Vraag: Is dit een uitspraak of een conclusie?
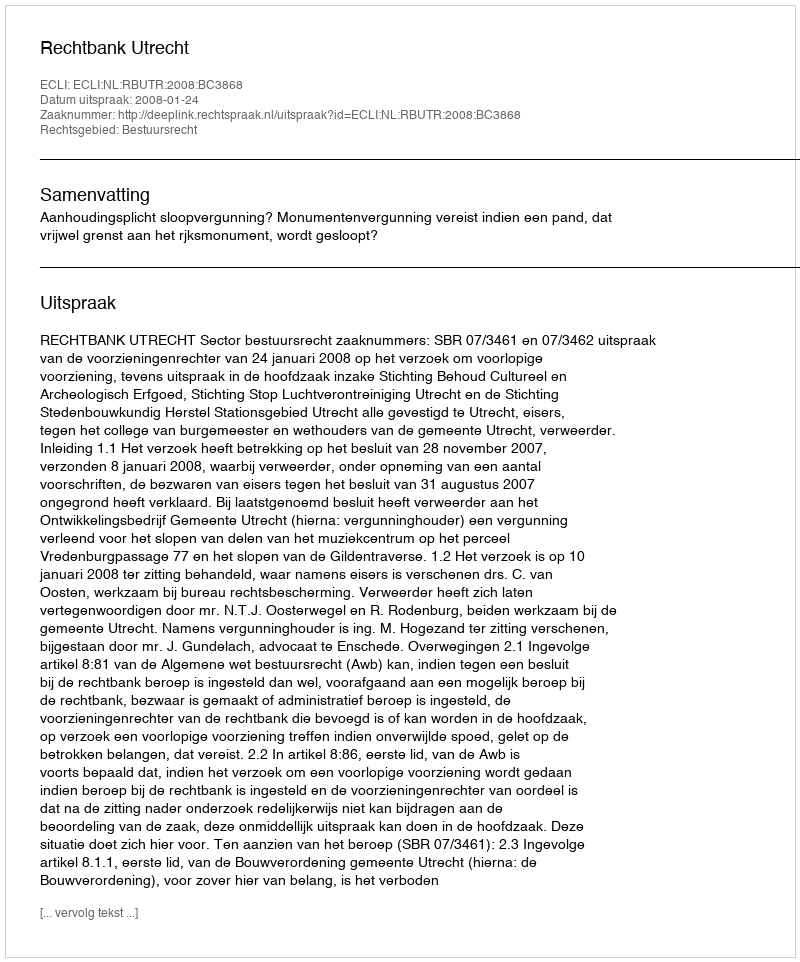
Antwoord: Uitspraak